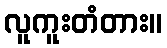
လူကူးတံတား။